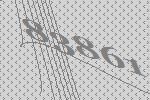
83861